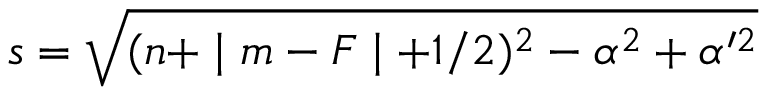
s = \sqrt { ( n + \mid m - F \mid + 1 / 2 ) ^ { 2 } - \alpha ^ { 2 } + \alpha ^ { \prime 2 } }